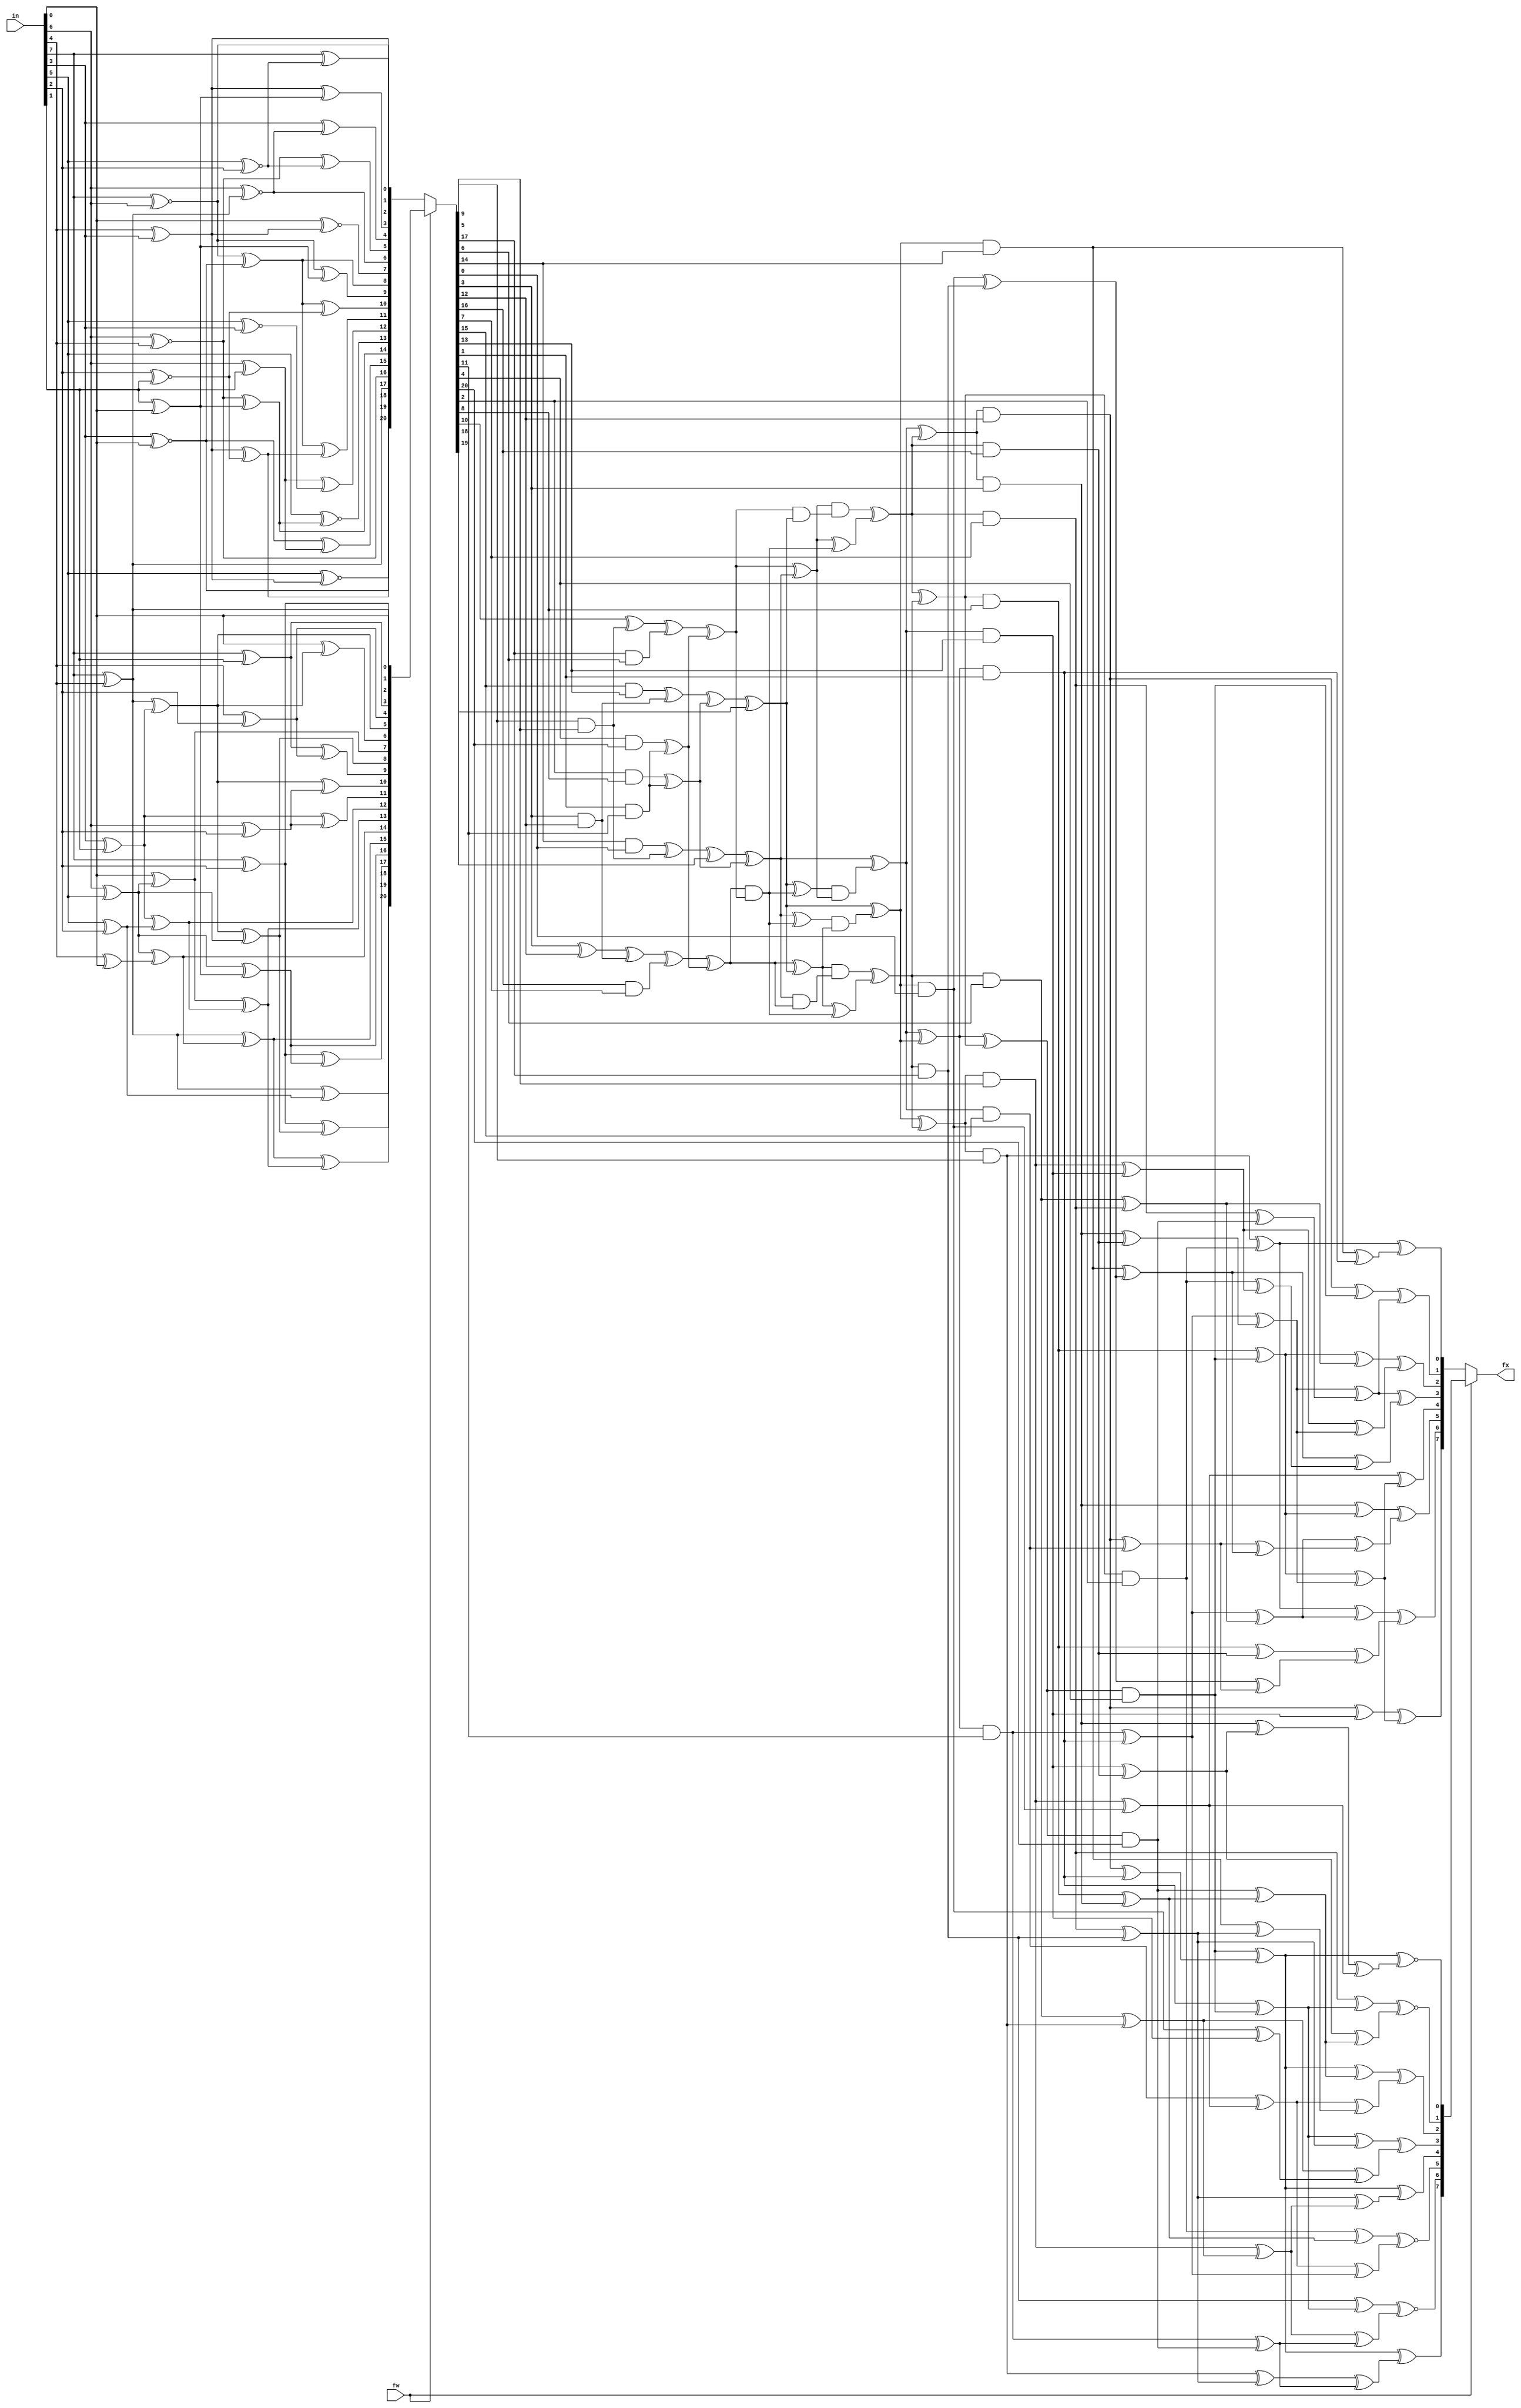
// SPDX-FileCopyrightText: 2021 Thinh Pham
//
// Licensed under the Apache License, Version 2.0 (the "License");
// you may not use this file except in compliance with the License.
// You may obtain a copy of the License at
//
//      http://www.apache.org/licenses/LICENSE-2.0
//
// Unless required by applicable law or agreed to in writing, software
// distributed under the License is distributed on an "AS IS" BASIS,
// WITHOUT WARRANTIES OR CONDITIONS OF ANY KIND, either express or implied.
// See the License for the specific language governing permissions and
// limitations under the License.
//
// SPDX-License-Identifier: Apache-2.0

module ibex_aes_sbox (
	fw,
	in,
	fx
);
	input wire fw;
	input wire [7:0] in;
	output wire [7:0] fx;
	function automatic [20:0] aes_sbox_top;
		input reg [7:0] x;
		reg y20;
		reg y19;
		reg y18;
		reg y17;
		reg y16;
		reg y15;
		reg y14;
		reg y13;
		reg y12;
		reg y11;
		reg y10;
		reg y9;
		reg y8;
		reg y7;
		reg y6;
		reg y5;
		reg y4;
		reg y3;
		reg y2;
		reg y1;
		reg y0;
		reg t5;
		reg t4;
		reg t3;
		reg t2;
		reg t1;
		reg t0;
		begin
			y0 = x[0];
			y1 = x[7] ^ x[4];
			y2 = x[7] ^ x[2];
			y3 = x[7] ^ x[1];
			y4 = x[4] ^ x[2];
			t0 = x[3] ^ x[1];
			y5 = y1 ^ t0;
			t1 = x[6] ^ x[5];
			y6 = x[0] ^ y5;
			y7 = x[0] ^ t1;
			y8 = y5 ^ t1;
			t2 = x[6] ^ x[2];
			t3 = x[5] ^ x[2];
			y9 = y3 ^ y4;
			y10 = y5 ^ t2;
			y11 = t0 ^ t2;
			y12 = t0 ^ t3;
			y13 = y7 ^ y12;
			t4 = x[4] ^ x[0];
			y14 = t1 ^ t4;
			y15 = y1 ^ y14;
			t5 = x[1] ^ x[0];
			y16 = t1 ^ t5;
			y17 = y2 ^ y16;
			y18 = y2 ^ y8;
			y19 = y15 ^ y13;
			y20 = y1 ^ t3;
			aes_sbox_top = {y20, y19, y18, y17, y16, y15, y14, y13, y12, y11, y10, y9, y8, y7, y6, y5, y4, y3, y2, y1, y0};
		end
	endfunction
	function automatic [7:0] aes_sbox_out;
		input reg [17:0] x;
		reg [7:0] y;
		reg t29;
		reg t28;
		reg t27;
		reg t26;
		reg t25;
		reg t24;
		reg t23;
		reg t22;
		reg t21;
		reg t20;
		reg t19;
		reg t18;
		reg t17;
		reg t16;
		reg t15;
		reg t14;
		reg t13;
		reg t12;
		reg t11;
		reg t10;
		reg t9;
		reg t8;
		reg t7;
		reg t6;
		reg t5;
		reg t4;
		reg t3;
		reg t2;
		reg t1;
		reg t0;
		begin
			t0 = x[11] ^ x[12];
			t1 = x[0] ^ x[6];
			t2 = x[14] ^ x[16];
			t3 = x[15] ^ x[5];
			t4 = x[4] ^ x[8];
			t5 = x[17] ^ x[11];
			t6 = x[12] ^ t5;
			t7 = x[14] ^ t3;
			t8 = x[1] ^ x[9];
			t9 = x[2] ^ x[3];
			t10 = x[3] ^ t4;
			t11 = x[10] ^ t2;
			t12 = x[16] ^ x[1];
			t13 = x[0] ^ t0;
			t14 = x[2] ^ x[11];
			t15 = x[5] ^ t1;
			t16 = x[6] ^ t0;
			t17 = x[7] ^ t1;
			t18 = x[8] ^ t8;
			t19 = x[13] ^ t4;
			t20 = t0 ^ t1;
			t21 = t1 ^ t7;
			t22 = t3 ^ t12;
			t23 = t18 ^ t2;
			t24 = t15 ^ t9;
			t25 = t6 ^ t10;
			t26 = t7 ^ t9;
			t27 = t8 ^ t10;
			t28 = t11 ^ t14;
			t29 = t11 ^ t17;
			y[0] = t6 ~^ t23;
			y[1] = t13 ~^ t27;
			y[2] = t25 ^ t29;
			y[3] = t20 ^ t22;
			y[4] = t6 ^ t21;
			y[5] = t19 ~^ t28;
			y[6] = t16 ~^ t26;
			y[7] = t6 ^ t24;
			aes_sbox_out = y;
		end
	endfunction
	function automatic [17:0] aes_sbox_inv_mid;
		input reg [20:0] x;
		reg [17:0] y;
		reg t45;
		reg t44;
		reg t43;
		reg t42;
		reg t41;
		reg t40;
		reg t39;
		reg t38;
		reg t37;
		reg t36;
		reg t35;
		reg t34;
		reg t33;
		reg t32;
		reg t31;
		reg t30;
		reg t29;
		reg t28;
		reg t27;
		reg t26;
		reg t25;
		reg t24;
		reg t23;
		reg t22;
		reg t21;
		reg t20;
		reg t19;
		reg t18;
		reg t17;
		reg t16;
		reg t15;
		reg t14;
		reg t13;
		reg t12;
		reg t11;
		reg t10;
		reg t9;
		reg t8;
		reg t7;
		reg t6;
		reg t5;
		reg t4;
		reg t3;
		reg t2;
		reg t1;
		reg t0;
		begin
			t0 = x[3] ^ x[12];
			t1 = x[9] & x[5];
			t2 = x[17] & x[6];
			t3 = x[10] ^ t1;
			t4 = x[14] & x[0];
			t5 = t4 ^ t1;
			t6 = x[3] & x[12];
			t7 = x[16] & x[7];
			t8 = t0 ^ t6;
			t9 = x[15] & x[13];
			t10 = t9 ^ t6;
			t11 = x[1] & x[11];
			t12 = x[4] & x[20];
			t13 = t12 ^ t11;
			t14 = x[2] & x[8];
			t15 = t14 ^ t11;
			t16 = t3 ^ t2;
			t17 = t5 ^ x[18];
			t18 = t8 ^ t7;
			t19 = t10 ^ t15;
			t20 = t16 ^ t13;
			t21 = t17 ^ t15;
			t22 = t18 ^ t13;
			t23 = t19 ^ x[19];
			t24 = t22 ^ t23;
			t25 = t22 & t20;
			t26 = t21 ^ t25;
			t27 = t20 ^ t21;
			t28 = t23 ^ t25;
			t29 = t28 & t27;
			t30 = t26 & t24;
			t31 = t20 & t23;
			t32 = t27 & t31;
			t33 = t27 ^ t25;
			t34 = t21 & t22;
			t35 = t24 & t34;
			t36 = t24 ^ t25;
			t37 = t21 ^ t29;
			t38 = t32 ^ t33;
			t39 = t23 ^ t30;
			t40 = t35 ^ t36;
			t41 = t38 ^ t40;
			t42 = t37 ^ t39;
			t43 = t37 ^ t38;
			t44 = t39 ^ t40;
			t45 = t42 ^ t41;
			y[0] = t38 & x[7];
			y[1] = t37 & x[13];
			y[2] = t42 & x[11];
			y[3] = t45 & x[20];
			y[4] = t41 & x[8];
			y[5] = t44 & x[9];
			y[6] = t40 & x[17];
			y[7] = t39 & x[14];
			y[8] = t43 & x[3];
			y[9] = t38 & x[16];
			y[10] = t37 & x[15];
			y[11] = t42 & x[1];
			y[12] = t45 & x[4];
			y[13] = t41 & x[2];
			y[14] = t44 & x[5];
			y[15] = t40 & x[6];
			y[16] = t39 & x[0];
			y[17] = t43 & x[12];
			aes_sbox_inv_mid = y;
		end
	endfunction
	function automatic [20:0] aes_inv_sbox_top;
		input reg [7:0] x;
		reg y20;
		reg y19;
		reg y18;
		reg y17;
		reg y16;
		reg y15;
		reg y14;
		reg y13;
		reg y12;
		reg y11;
		reg y10;
		reg y9;
		reg y8;
		reg y7;
		reg y6;
		reg y5;
		reg y4;
		reg y3;
		reg y2;
		reg y1;
		reg y0;
		reg t4;
		reg t3;
		reg t2;
		reg t1;
		reg t0;
		begin
			y17 = x[7] ^ x[4];
			y16 = x[6] ~^ x[4];
			y2 = x[7] ~^ x[6];
			y1 = x[4] ^ x[3];
			y18 = x[3] ~^ x[0];
			t0 = x[1] ^ x[0];
			y6 = x[6] ~^ y17;
			y14 = y16 ^ t0;
			y7 = x[0] ~^ y1;
			y8 = y2 ^ y18;
			y9 = y2 ^ t0;
			y3 = y1 ^ t0;
			y19 = x[5] ~^ y1;
			t1 = x[6] ^ x[1];
			y13 = x[5] ~^ y14;
			y15 = y18 ^ t1;
			y4 = x[3] ^ y6;
			t2 = x[5] ~^ x[2];
			t3 = x[2] ~^ x[1];
			t4 = x[5] ~^ x[3];
			y5 = y16 ^ t2;
			y12 = t1 ^ t4;
			y20 = y1 ^ t3;
			y11 = y8 ^ y20;
			y10 = y8 ^ t3;
			y0 = x[7] ^ t2;
			aes_inv_sbox_top = {y20, y19, y18, y17, y16, y15, y14, y13, y12, y11, y10, y9, y8, y7, y6, y5, y4, y3, y2, y1, y0};
		end
	endfunction
	function automatic [7:0] aes_inv_sbox_out;
		input reg [17:0] x;
		reg [7:0] y;
		reg t29;
		reg t28;
		reg t27;
		reg t26;
		reg t25;
		reg t24;
		reg t23;
		reg t22;
		reg t20;
		reg t19;
		reg t18;
		reg t17;
		reg t16;
		reg t15;
		reg t14;
		reg t13;
		reg t12;
		reg t11;
		reg t10;
		reg t9;
		reg t8;
		reg t7;
		reg t6;
		reg t5;
		reg t4;
		reg t3;
		reg t2;
		reg t1;
		reg t0;
		begin
			t0 = x[2] ^ x[11];
			t1 = x[8] ^ x[9];
			t2 = x[4] ^ x[12];
			t3 = x[15] ^ x[0];
			t4 = x[16] ^ x[6];
			t5 = x[14] ^ x[1];
			t6 = x[17] ^ x[10];
			t7 = t0 ^ t1;
			t8 = x[0] ^ x[3];
			t9 = x[5] ^ x[13];
			t10 = x[7] ^ t4;
			t11 = t0 ^ t3;
			t12 = x[14] ^ x[16];
			t13 = x[17] ^ x[1];
			t14 = x[17] ^ x[12];
			t15 = x[4] ^ x[9];
			t16 = x[7] ^ x[11];
			t17 = x[8] ^ t2;
			t18 = x[13] ^ t5;
			t19 = t2 ^ t3;
			t20 = t4 ^ t6;
			t22 = t2 ^ t7;
			t23 = t7 ^ t8;
			t24 = t5 ^ t7;
			t25 = t6 ^ t10;
			t26 = t9 ^ t11;
			t27 = t10 ^ t18;
			t28 = t11 ^ t25;
			t29 = t15 ^ t20;
			y[0] = t9 ^ t16;
			y[1] = t14 ^ t23;
			y[2] = t19 ^ t24;
			y[3] = t23 ^ t27;
			y[4] = t12 ^ t22;
			y[5] = t17 ^ t28;
			y[6] = t26 ^ t29;
			y[7] = t13 ^ t22;
			aes_inv_sbox_out = y;
		end
	endfunction
	wire [20:0] fwd_top;
	wire [20:0] inv_top;
	wire [20:0] top_box;
	assign fwd_top = aes_sbox_top(in);
	assign inv_top = aes_inv_sbox_top(in);
	assign top_box = (fw ? fwd_top : inv_top);
	wire [17:0] mid;
	assign mid = aes_sbox_inv_mid(top_box);
	wire [7:0] fwd_out;
	wire [7:0] inv_out;
	assign fwd_out = aes_sbox_out(mid);
	assign inv_out = aes_inv_sbox_out(mid);
	assign fx = (fw ? fwd_out : inv_out);
endmodule